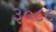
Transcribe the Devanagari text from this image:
३०८८